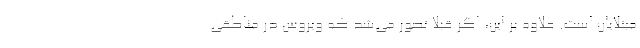
مبتلایان است. علاوه بر این، اگر قبلا تصور می‌شد که ویروس در مناطقی